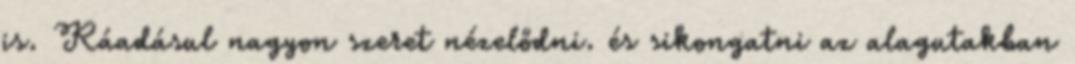
is. Ráadásul nagyon szeret nézelődni. és sikongatni az alagutakban